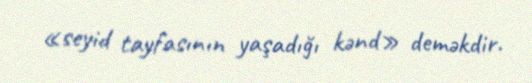
«seyid tayfasının yaşadığı kənd» deməkdir.